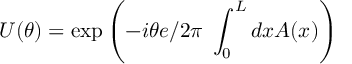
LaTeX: U ( \theta ) = \exp \left( - i \theta { e } / { 2 \pi } ~ \int _ { 0 } ^ { L } d x A ( x ) \right)